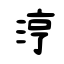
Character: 涥